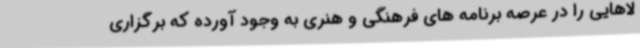
لاهایی را در عرصه برنامه های فرهنگی و هنری به وجود آورده که برگزاری